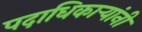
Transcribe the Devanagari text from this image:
पदाधिकार्‍यांनी